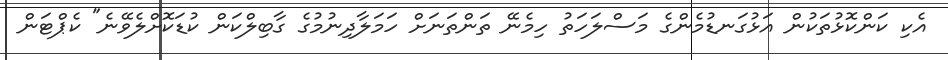
އެކި ކަންކޮޅުތަކުން އަޅުގަނޑުމެންގެ މަސްލަހަތު ހިމެނޭ ތަންތަނަށް ހަމަލާދިނުމުގެ ގާބިލްކަން ކުޑަކޮށްލެވޭނެ" ކެޕްޓަން